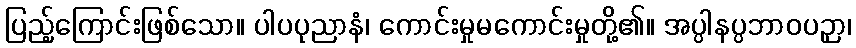
ပြည့်ကြောင်းဖြစ်သော။ ပါပပုညာနံ၊ ကောင်းမှုမကောင်းမှုတို့၏။ အပ္ပါနပ္ပဘာဝပဉှာ၊